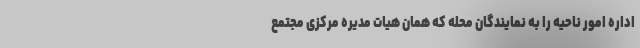
اداره امور ناحیه را به نمایندگان محله که همان هیات مدیره مرکزی مجتمع